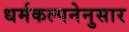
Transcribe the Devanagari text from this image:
धर्मकल्पनेनुसार